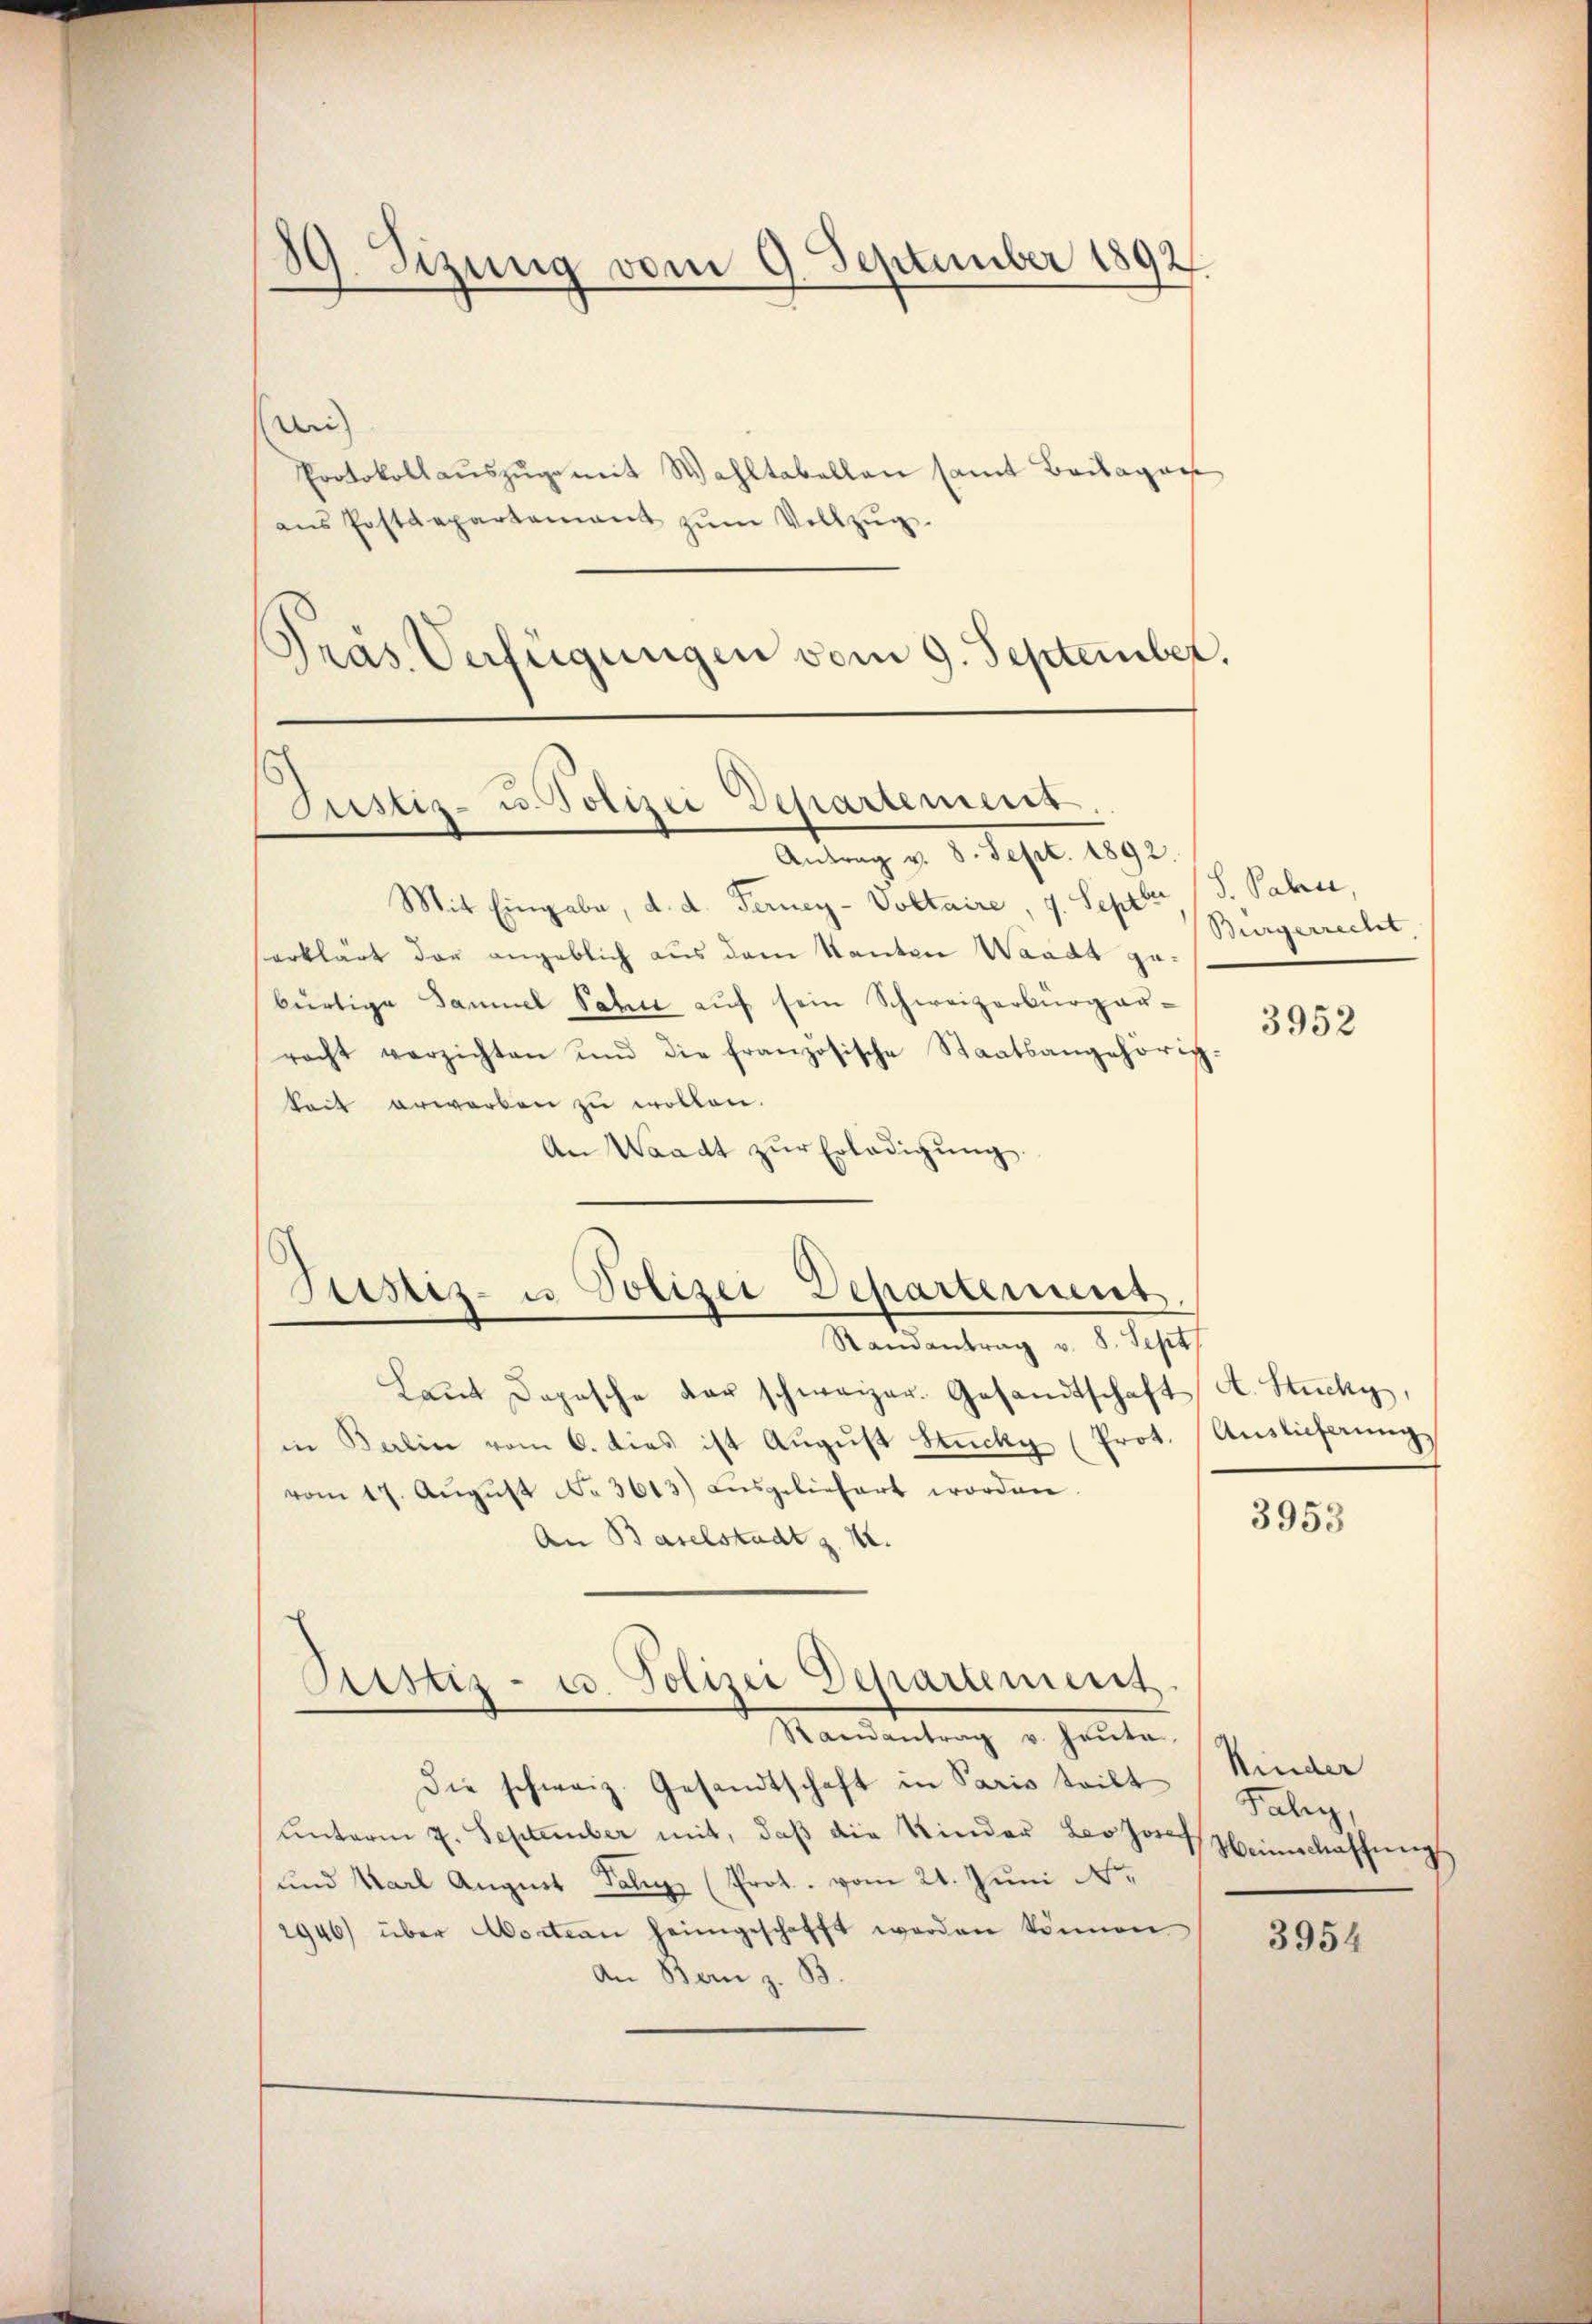
89. Sizung vom 9. September 1892
.

Di
Protokoll aŭszŭgemit Wahltabellen samt Beilagen
ans Postdepartement zŭm Vollzŭg.
Pras Verfügungen vom 9. September.

Justiz- u. Polizei Departement
Antrag v. 8. Sept. 1892.

Justiz- u Polizei Departement,
Randantrag v. 8. Sept

Mit Eingabe, d. d. Ferney-Voltaire, 4. Septer (S. Pahrer,
serklärt der angeblich aus dem Kanton Waadt gebürtige Samuel Sabine aŭf sein Schweizerbürger-
racht verzichten und die französische Staatsangehörig-
keit erwarben zŭ wollen.
An Waadt zŭr Erledigŭng.
Laŭt Dopasche der schweizer. Gesandtschaft A. Stucky,
in Balin vom 6. dies ist Aŭgŭst Stücky (Prot. Auslieferung
vom 17. Aŭgŭst No. 3613) ausgeliefert worden.
An Baselstadt z. K.
Astiz- u. Polizei Departement
Randantrag v. Heute.
Die schweiz. Gesandtschaft in Paris tritt Kinder
Unterm 7. September mit, daβ die Kinder Leodor Weinschaffung
und Karl August Polize (Prot. vom 24. Juni N.
2946) über Aoction heimgeschafft werden können
An Bern z. B.

Bürgerrecht,

3952

3953

Faly,

3954